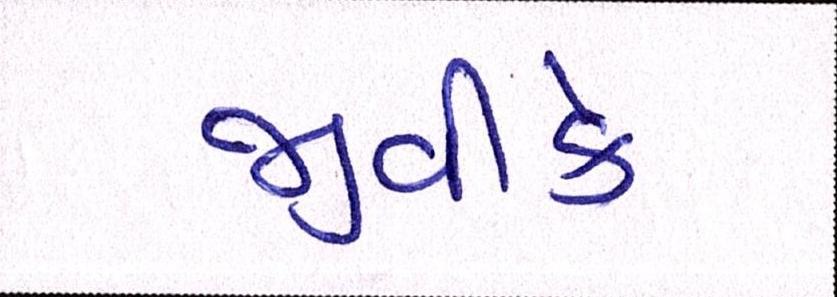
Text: જીવીકે